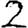
Digit: 2